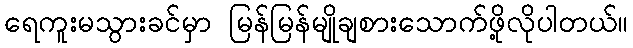
ရေကူးမသွားခင်မှာ မြန်မြန်မျိုချစားသောက်ဖို့လိုပါတယ်။